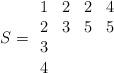
LaTeX: \begin{align*}S=\begin{array}{cccc}1&2&2&4\\2&3&5&5\\3&&&\\4\end{array}\end{align*}